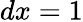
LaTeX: dx=1